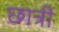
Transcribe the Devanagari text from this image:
छात्री